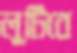
লুটিবে